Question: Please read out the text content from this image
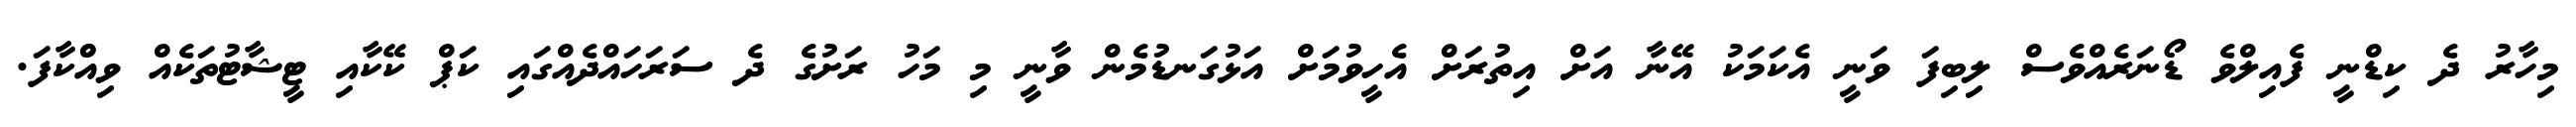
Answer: މިހާރު ދެ ކިޑްނީ ފެއިލްވެ ޑޯނަރެއްވެސް ލިބިފަ ވަނީ އެކަމަކު އޭނާ އަށް އިތުރަށް އެހީވުމަށް އަޅުގަނޑުމެން ވާނީ މި މަހު ރަށުގެ ދެ ސަރަހައްދެއްގައި ކަޕް ކޭކާއި ޓީޝާޓުތަކެއް ވިއްްކާފަ.